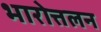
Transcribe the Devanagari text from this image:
भारोत्तलन